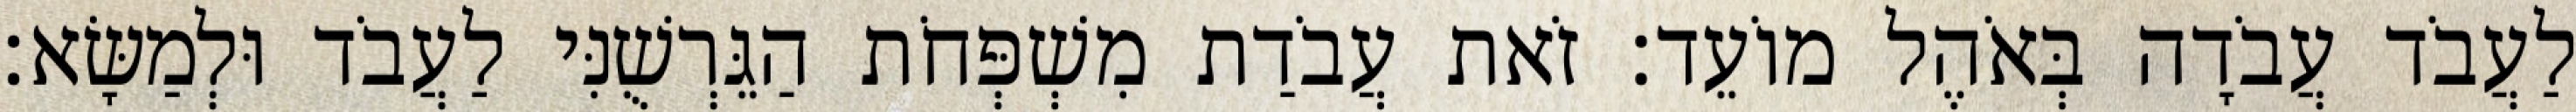
לַעֲבֹד עֲבֹדָה בְּאֹהֶל מוֹעֵד׃ זֹאת עֲבֹדַת מִשְׁפְּחֹת הַגֵּרְשֻׁנִּי לַעֲבֹד וּלְמַשָּׂא׃